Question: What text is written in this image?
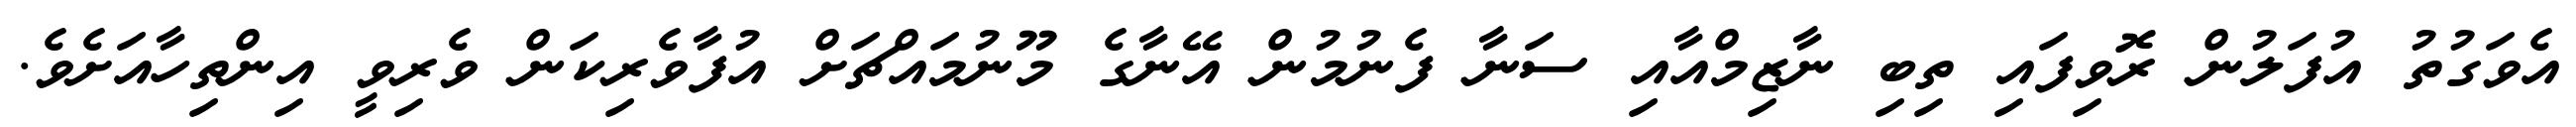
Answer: އެވަގުތު އުފަލުން ރޮވިފައި ތިބި ނާޒިމްއާއި ސަނާ ފެނުމުން އޭނާގެ މޫނުމައްޗަށް އުފާވެރިކަން ވެރިވީ އިންތިހާއަށެވެ.